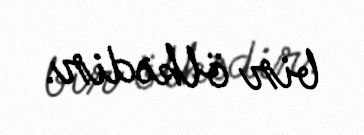
bir ölkədir.